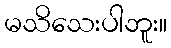
မသိသေးပါဘူး။